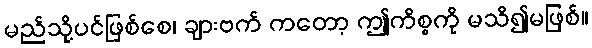
မည်သို့ပင်ဖြစ်စေ၊ ချားဗက် ကတော့ ဤကိစ္စကို မသိ၍မဖြစ်။